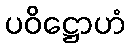
ပဝိဋ္ဌောဟံ